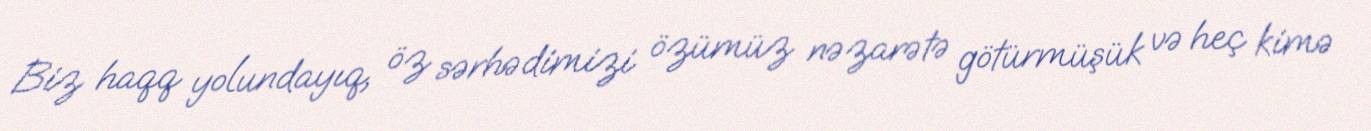
Biz haqq yolundayıq, öz sərhədimizi özümüz nəzarətə götürmüşük və heç kimə